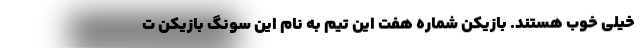
خیلی خوب هستند. بازیکن شماره هفت این تیم به نام این سونگ بازیکن ت